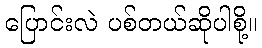
ပြောင်းလဲ ပစ်တယ်ဆိုပါစို့။